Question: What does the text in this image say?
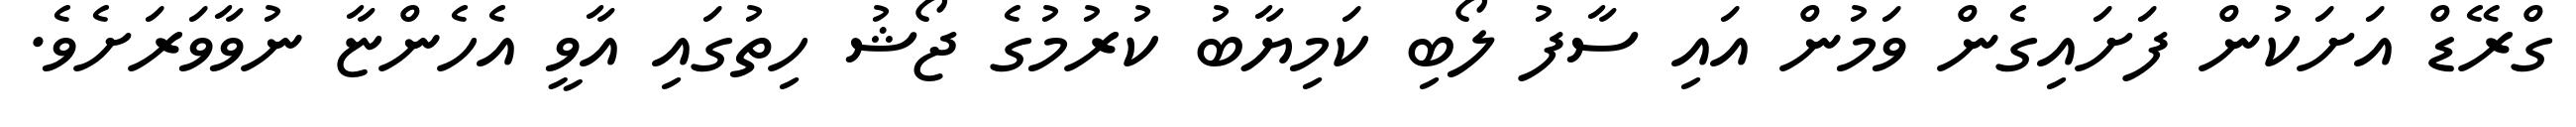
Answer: ގްރޭޑް އަށަކުން ފަށައިގެން ވަމުން އައި ސާފު ލޯބި ކަމިޔާބު ކުރުމުގެ ޖޯޝު ހިތުގައި އާވީ އެހެންޏާ ނުވާވަރަށެވެ.